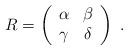
LaTeX: \begin{align*}R=\left(\begin{array}{cc}\alpha & \beta \\\gamma & \delta \\\end{array}\right)\; .\end{align*}